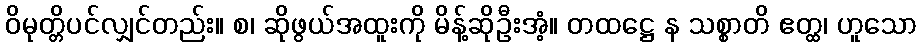
ဝိမုတ္တိပင်လျှင်တည်း။ စ၊ ဆိုဖွယ်အထူးကို မိန့်ဆိုဦးအံ့။ တထဋ္ဌေ န သစ္စာတိ ဧတ္ထ၊ ဟူသော